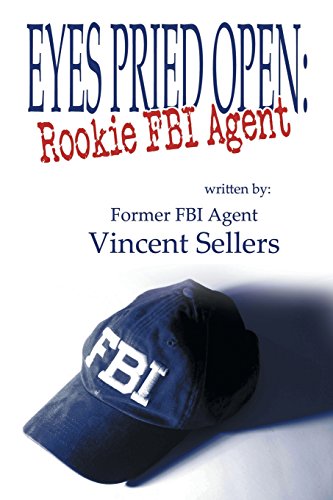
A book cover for Eyes Pried Open: Rookie FBI Agent; Vincent Sellers; Biographies & Memoirs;